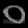
Digit: ၀